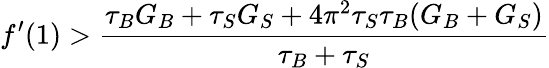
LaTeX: f^{\prime}(1)>\frac{\tau_{B}G_{B}+\tau_{S}G_{S}+4\pi^{2}\tau_{S}\tau_{B}(G_{B}+G_{S})}{\tau_{B}+\tau_{S}}